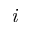
\textit { i }